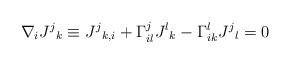
LaTeX: \begin{align*}\nabla_i J^j{}_k \equiv J^j{}_{k,i} +\Gamma^{j}_{il}J^l{}_{k}-\Gamma^{l}_{ik}J^j{}_{l} = 0\end{align*}